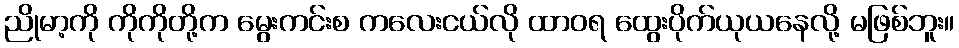
ညိုမာ့ကို ကိုကိုတို့က မွေးကင်းစ ကလေးငယ်လို ထာဝရ ထွေးပိုက်ယုယနေလို့ မဖြစ်ဘူး။